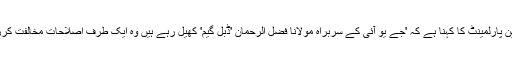
ادھر قبائلی علاقوں سے منتخب اراکینِ پارلمینٹ کا کہنا ہے کہ 'جے یو آئی کے سربراہ مولانا فضل الرحمان 'ڈبل گیم' کھیل رہے ہیں وہ ایک طرف اصلاحات مخالفت کررہے اور دوسری طرف حمایت بھی۔